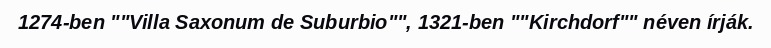
1274-ben ""Villa Saxonum de Suburbio"", 1321-ben ""Kirchdorf"" néven írják.